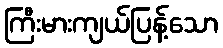
ကြီးမားကျယ်ပြန့်သော